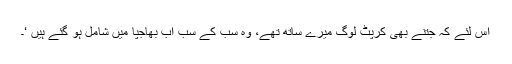
اس لئے کہ جتنے بھی کرپٹ لوگ میرے ساتھ تھے، وہ سب کے سب اب بھاجپا میں شامل ہو گئے ہیں ‘۔